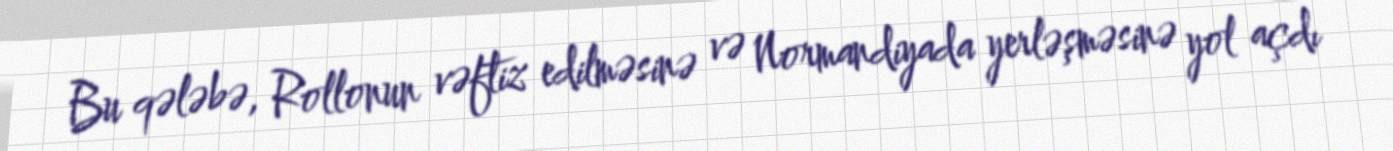
Bu qələbə, Rollonun vəftiz edilməsinə və Normandiyada yerləşməsinə yol açdı